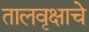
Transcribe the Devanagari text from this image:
तालवृक्षाचे